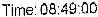
TIME: 08:49:00